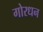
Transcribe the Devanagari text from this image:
गोरधन